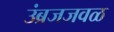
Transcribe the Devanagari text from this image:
उंब्रजजवळ